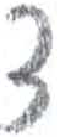
אות: צ